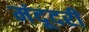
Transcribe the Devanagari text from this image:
मंदूदरी